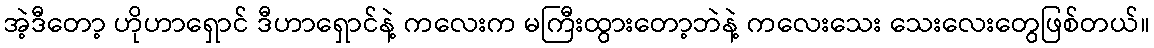
အဲ့ဒီတော့ ဟိုဟာရှောင် ဒီဟာရှောင်နဲ့ ကလေးက မကြီးထွားတော့ဘဲနဲ့ ကလေးသေး သေးလေးတွေဖြစ်တယ်။